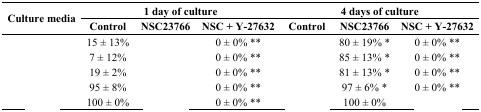
<table><thead><tr><td rowspan="2"><b>Culture media</b></td><td colspan="3"><b>1 day of culture</b></td><td colspan="3"><b>4 days of culture</b></td></tr><tr><td><b>Control</b></td><td><b>NSC23766</b></td><td><b>NSC + Y-27632</b></td><td><b>Control</b></td><td><b>NSC23766</b></td><td><b>NSC + Y-27632</b></td></tr></thead><tbody><tr><td>[EMPTY_CELL]</td><td>15 ± 13%</td><td>[EMPTY_CELL]</td><td>0 ± 0% **</td><td>[EMPTY_CELL]</td><td>80 ± 19% *</td><td>0 ± 0% **</td></tr><tr><td>[EMPTY_CELL]</td><td>7 ± 12%</td><td>[EMPTY_CELL]</td><td>0 ± 0% **</td><td>[EMPTY_CELL]</td><td>85 ± 13% *</td><td>0 ± 0% **</td></tr><tr><td>[EMPTY_CELL]</td><td>19 ± 2%</td><td>[EMPTY_CELL]</td><td>0 ± 0% **</td><td>[EMPTY_CELL]</td><td>81 ± 13% *</td><td>0 ± 0% **</td></tr><tr><td>[EMPTY_CELL]</td><td>95 ± 8%</td><td>[EMPTY_CELL]</td><td>0 ± 0% **</td><td>[EMPTY_CELL]</td><td>97 ± 6% *</td><td>0 ± 0% **</td></tr><tr><td>[EMPTY_CELL]</td><td>100 ± 0%</td><td>[EMPTY_CELL]</td><td>0 ± 0% **</td><td>[EMPTY_CELL]</td><td>100 ± 0%</td><td>[EMPTY_CELL]</td></tr></tbody></table>